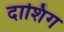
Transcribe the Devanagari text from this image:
दाशिंग